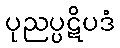
ပုညပ္ပဋိပဒံ